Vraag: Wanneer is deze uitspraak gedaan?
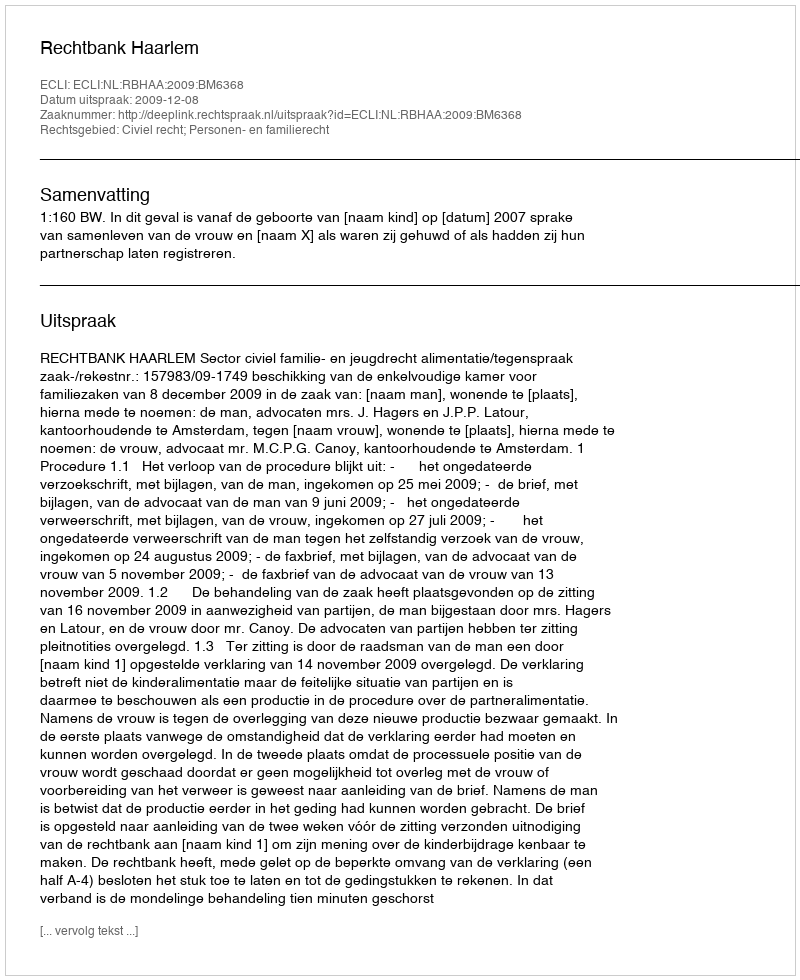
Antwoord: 2009-12-08